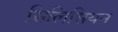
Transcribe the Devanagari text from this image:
सिलिसियन